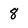
Character: 8